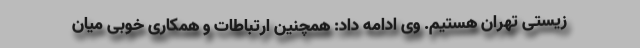
زیستی تهران هستیم. وی ادامه داد: همچنین ارتباطات و همکاری خوبی میان